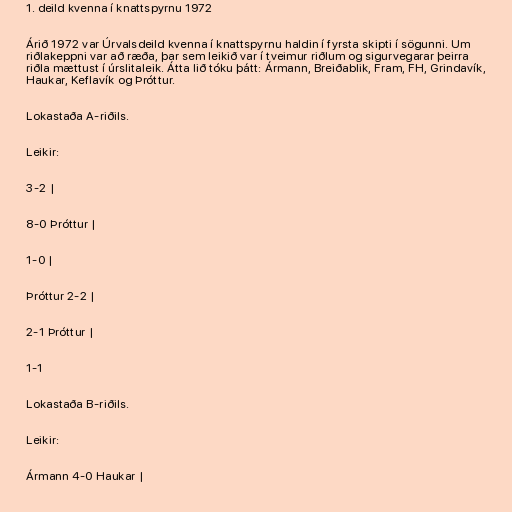
1. deild kvenna í knattspyrnu 1972

Árið 1972 var Úrvalsdeild kvenna í knattspyrnu haldin í fyrsta skipti í sögunni. Um
riðlakeppni var að ræða, þar sem leikið var í tveimur riðlum og sigurvegarar þeirra
riðla mættust í úrslitaleik. Átta lið tóku þátt: Ármann, Breiðablik, Fram, FH, Grindavík,
Haukar, Keflavík og Þróttur.

Lokastaða A-riðils.

Leikir:

3-2 |

8-0 Þróttur |

1-0 |

Þróttur 2-2 |

2-1 Þróttur |

1-1

Lokastaða B-riðils.

Leikir:

Ármann 4-0 Haukar |